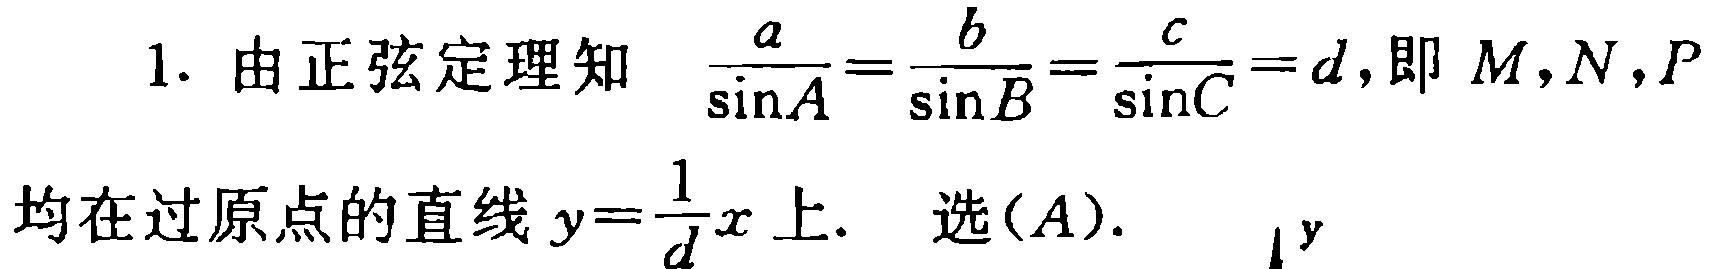
1. 由正弦定理知 $\frac{a}{\sin A}=\frac{b}{\sin B}=\frac{c}{\sin C}=d$,即 $M,N,P$ 均在过原点的直线 $y = \frac{1}{d}x$ 上. 选$(A)$.